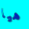
هيا